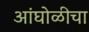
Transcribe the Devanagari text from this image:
आंघोळीचा